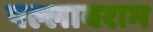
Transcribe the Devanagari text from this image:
पल्लावराम